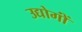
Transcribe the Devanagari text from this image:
उद्योगोंं